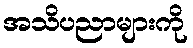
အသိပညာများကို